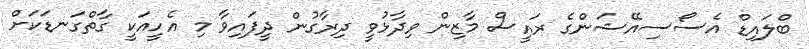
ބްލައިޑް އެސޯސިއޭޝަންގެ ރައީސް މާޒިން ވިދާޅުވީ ދިރާގުން ދީފައިވާ މި އެހީއަކީ ގާތްގަނޑަކަށް